Lunatic asylums Punjab 1881-1894 - 1881-1894
Year: 1881
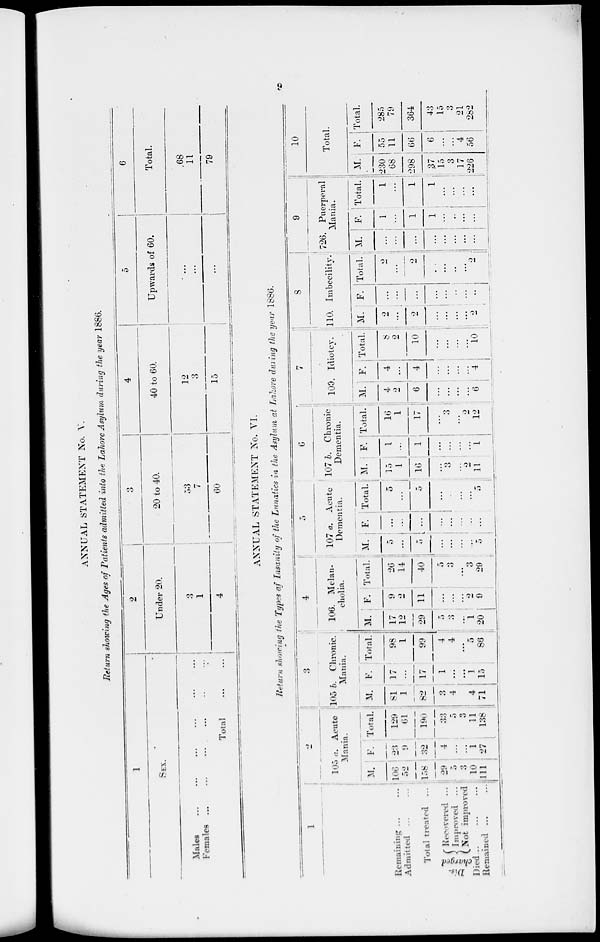
9
ANNUAL STATEMENT No. V.
Return showing the Ages of Patients admitted into the Lahore Asylum during the year 1886.
1
SEX.
Males
...
...
...
...
...
...
Females
...
...
...
...
...
...
Total
...
...
2
Under 20.
3
1
4
3
20 to 40.
53
7
60
4
40 to 60.
12
3
15
5
Upwards of 60.
...
...
...
6
Total.
68
11
79
ANNUAL STATEMENT No. VI.
Return showing the Types of Insanity of the Lunatics in the Asylum at Lahore during the year 1886.
1
Remaining ... ...
Admitted ... ...
Total treated ... ...
Dis-
charged
Recovered
...
Improred ...
Not improved ...
Died ... ...
Remained ... ...
2
105 a. Acute
Mania.
M.
106
52
158
29
5
3
10
111
F.
23
9
32
4
...
...
1
27
Total.
129
61
190
33
5
3
11
138
3
105 b. Chronic.
Mania.
M.
81
1
82
3
4
4
71
F.
17 ...
17
1
...
...
1
15
Total.
98
1
99
4
4
...
5
86
4
106. Melan-
cholia.
M.
17
12
29
5
3
...
1
20
F.
9
2
11
...
...
...
2
9
Total.
26
14
40
5
3
...
3
29
5
107 a. Acute
Dementia.
M.
5
...
5 ...
...
...
...
5
F.
...
...
...
...
...
...
Total.
5
...
5
...
...
...
...
5
6
107 b. Chronic
Dementia.
M.
15
1
16
...
3
...
2 ...
11
F.
1
...
1
...
....
...
...
1
Total.
16
1
17
...
3
...
2
12
7
109. Idiotey.
M.
4
2
6
...
...
...
...
6
F.
4
...
4
...
...
...
...
4
Total.
8
2
10
...
...
...
...
10
8
110. Imbecility.
M.
2
...
2
...
...
...
...
2
F.
...
...
...
...
...
...
...
...
Total.
2
...
2
...
...
...
...
2
9
726. Puerperal
Mania.
M.
...
...
...
...
...
...
...
...
F.
1
...
1
1
...
...
...
...
Total.
1
...
1
1
...
...
...
...
10
Total.
M.
230
68
298
37
15
3
17
226
F.
55
11
66
6
...
...
4
56
Total.
285
79
364
43
15
3
21
282